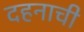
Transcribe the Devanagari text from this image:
दहनाची